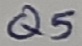
Text: Q5